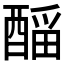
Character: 𲆴